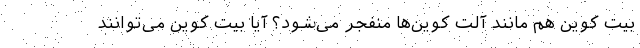
بیت کوین هم مانند آلت کوین‌ها منفجر می‌شود؟ آیا بیت کوین می‌توانند